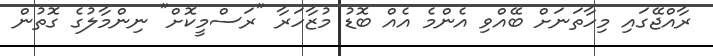
ރާއްޖޭގައި މިހާތަނަށް ބޭއްވި އެންމެ އެއް ބޮޑު މުޒާހަރާ "ރަސްމީކޮށް" ނިންމާލުގެ ގޮތުން